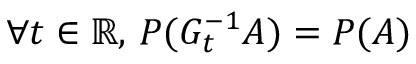
\forall t \in \mathbb { R } , \, P ( G _ { t } ^ { - 1 } A ) = P ( A )